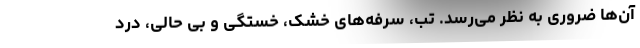
آن‌ها ضروری به نظر می‌رسد. تب، سرفه‌های خشک، خستگی و بی حالی، درد